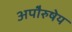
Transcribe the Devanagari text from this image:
अपाेेैरुषेय